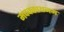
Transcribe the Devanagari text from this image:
मदक्काथनम